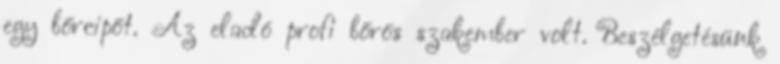
egy bőrcipőt. Az eladó profi bőrös szakember volt. Beszélgetésünk